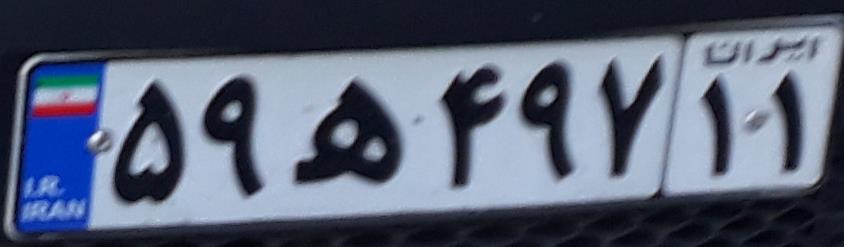
۵۹ه۴۹۷۱۱